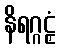
နိရဂ္ဂဠှံ